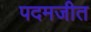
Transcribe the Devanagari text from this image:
पदमजीत